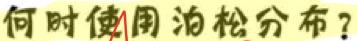
何时使用泊松分布？